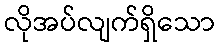
လိုအပ်လျက်ရှိသော